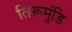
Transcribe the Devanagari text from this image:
तिरूमुंडि